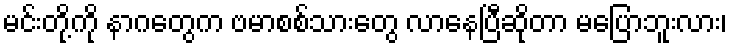
မင်းတို့ကို နာဂတွေက ဗမာစစ်သားတွေ လာနေပြီဆိုတာ မပြောဘူးလား၊